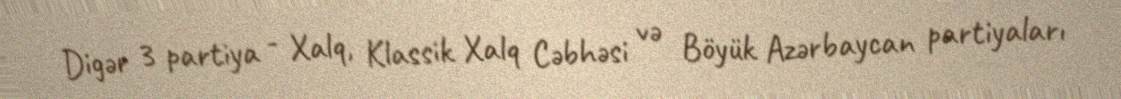
Digər 3 partiya - Xalq, Klassik Xalq Cəbhəsi və Böyük Azərbaycan partiyaları